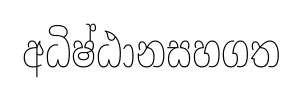
අධිෂ්ඨානසහගත